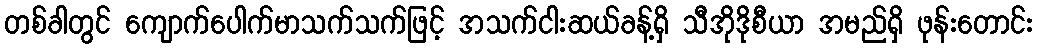
တစ်ခါတွင် ကျောက်ပေါက်မာသက်သက်ဖြင့် အသက်ငါးဆယ်ခန့်ရှိ သီအိုဒိုစီယာ အမည်ရှိ ဖုန်းတောင်း